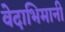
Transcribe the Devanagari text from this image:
वेदाभिमानी